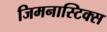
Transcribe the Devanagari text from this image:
जिमनास्टिक्‍स